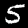
Label: 5